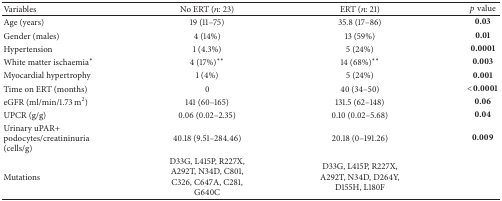
<table><thead><tr><td><b>Variables</b></td><td><b>No ERT (<i>n</i>: 23)</b></td><td><b>ERT (<i>n</i>: 21)</b></td><td><b><i>p</i> value</b></td></tr></thead><tbody><tr><td>Age (years)</td><td>19 (11–75)</td><td>35.8 (17–86)</td><td><b>0.03</b></td></tr><tr><td>Gender (males)</td><td>4 (14%)</td><td>13 (59%)</td><td><b>0.01</b></td></tr><tr><td>Hypertension</td><td>1 (4.3%)</td><td>5 (24%)</td><td><b>0.0001</b></td></tr><tr><td>White matter ischaemia<sup><i>∗</i></sup></td><td>4 (17%)<sup><i>∗∗</i></sup></td><td>14 (68%)<sup><i>∗∗</i></sup></td><td><b>0.003</b></td></tr><tr><td>Myocardial hypertrophy</td><td>1 (4%)</td><td>5 (24%)</td><td><b>0.001</b></td></tr><tr><td>Time on ERT (months)</td><td>0</td><td>40 (34–50)</td><td><b>&lt;0.0001</b></td></tr><tr><td>eGFR (ml/min/1.73 m<sup>2</sup>)</td><td>141 (60–165)</td><td>131.5 (62–148)</td><td><b>0.06</b></td></tr><tr><td>UPCR (g/g)</td><td>0.06 (0.02–2.35)</td><td>0.10 (0.02–5.68)</td><td><b>0.04</b></td></tr><tr><td>Urinary uPAR+ podocytes/creatininuria (cells/g)</td><td>40.18 (9.51–284.46)</td><td>20.18 (0–191.26)</td><td><b>0.009</b></td></tr><tr><td>Mutations</td><td>D33G, L415P, R227X, A292T, N34D, C801, C326, C647A, C281, G640C</td><td>D33G, L415P, R227X, A292T, N34D, D264Y, D155H, L180F</td><td> </td></tr></tbody></table>